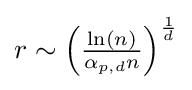
{\textstyle r\sim \left({\ln(n) \over \alpha _{p,d}n}\right)^{1 \over d}}